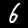
Digit: 6